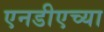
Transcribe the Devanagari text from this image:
एनडीएच्या